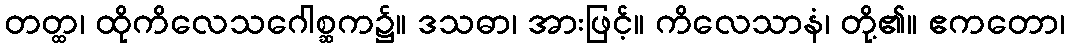
တတ္ထ၊ ထိုကိလေသဂေါစ္ဆက၌။ ဒသဓာ၊ အားဖြင့်။ ကိလေသာနံ၊ တို့၏။ ဧကတော၊